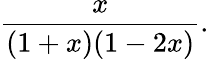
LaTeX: {\frac{x}{(1+x)(1-2x)}}.